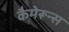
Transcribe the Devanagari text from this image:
कैमेरून्स